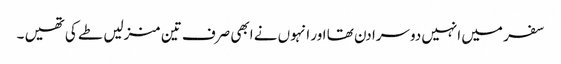
سفر میں انہیں دوسرا دن تھا اور انہوں نے ابھی صرف تین منزلیں طے کی تھیں ۔